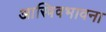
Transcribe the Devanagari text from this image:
आस्त्रिवभावना